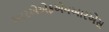
આરએએફએમઆરએસ